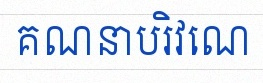
គណនាបរិវេណ